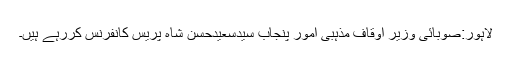
لاہور:صوبائی وزیر اوقاف مذہبی امور پنجاب سیدسعیدحسن شاہ پریس کانفرنس کررہے ہیں۔